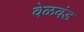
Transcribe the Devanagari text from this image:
वेळवंड